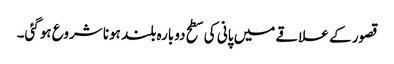
قصور کے علاقے میں پانی کی سطح دوبارہ بلند ہونا شروع ہوگئی۔